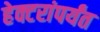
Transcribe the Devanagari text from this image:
हेक्टरांपर्यंत